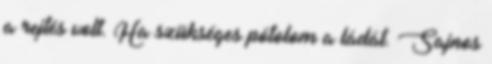
a rejtés volt. Ha szükséges pótolom a ládát. Sajnos